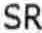
SR